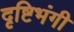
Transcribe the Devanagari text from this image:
दृष्टिभंगी